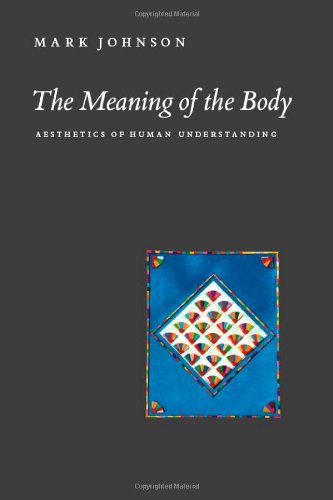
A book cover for The Meaning of the Body: Aesthetics of Human Understanding; Mark Johnson; Politics & Social Sciences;